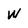
Character: w